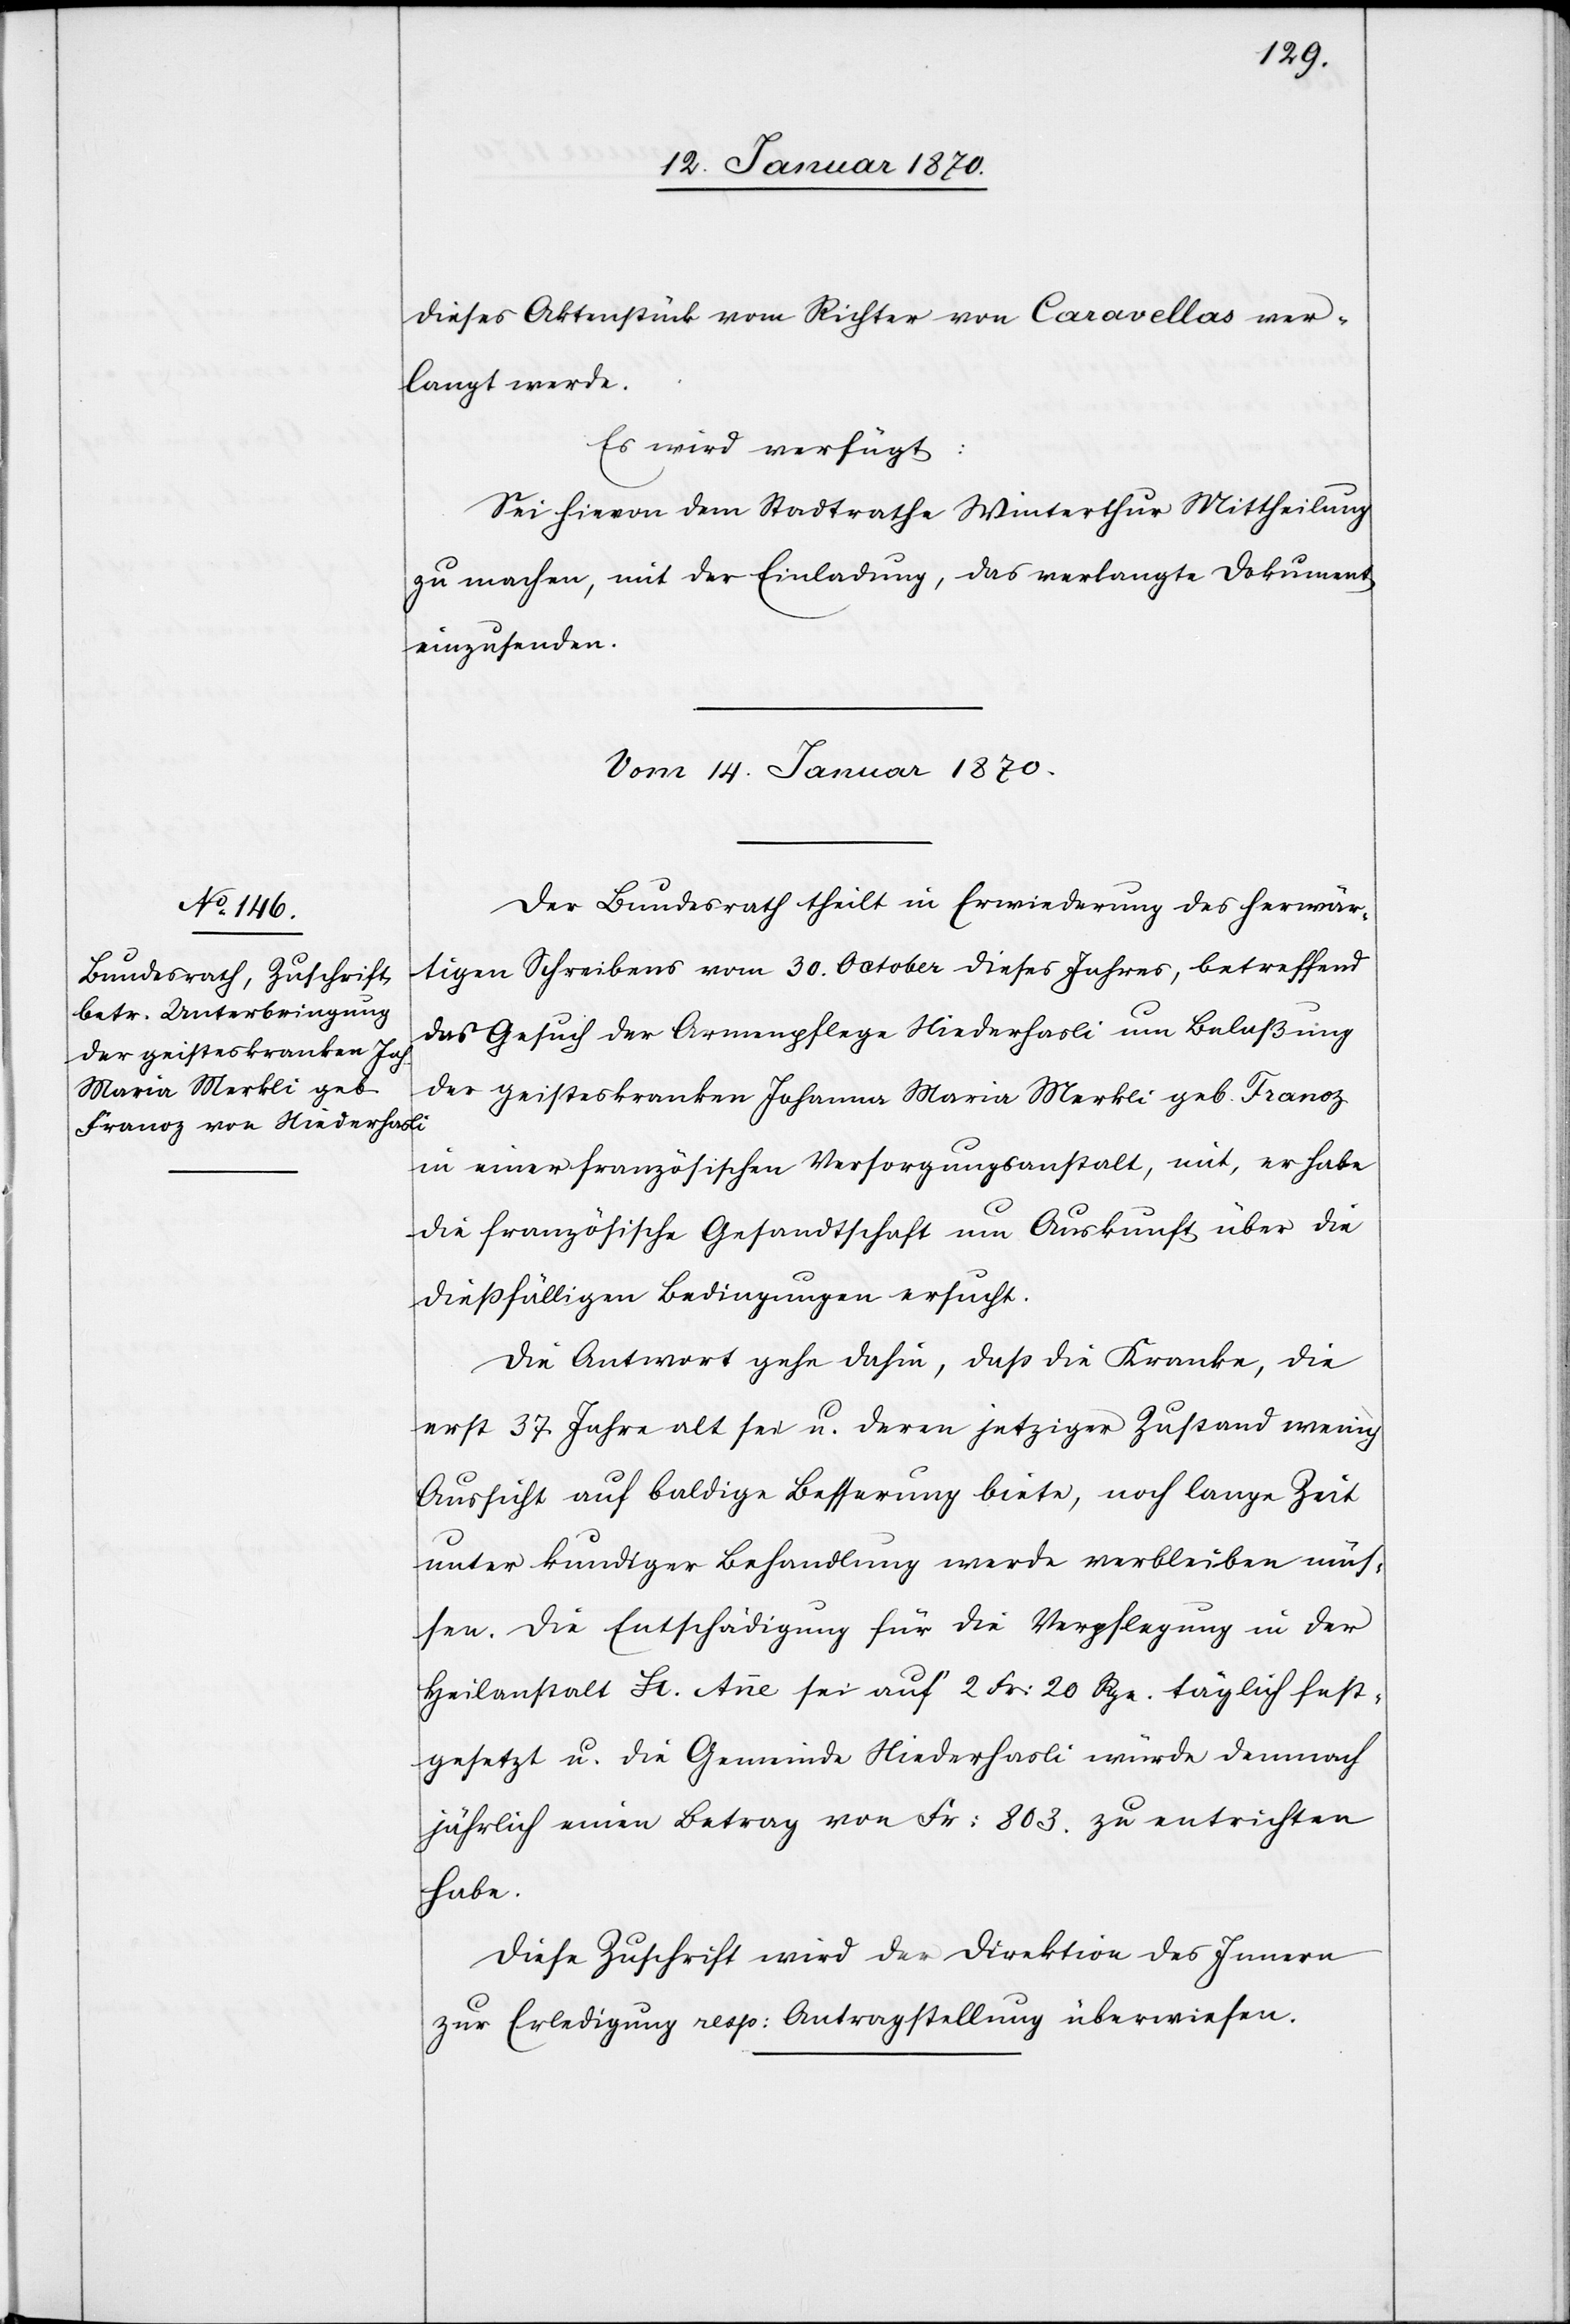
dieses Aktenstück vom Richter von Caravellas ver¬
langt werde.
Es wird verfügt:
Sei hievon dem Stadtrathe Winterthur Mittheilung
zu machen, mit der Einladung, das verlangte Dokument
einzusenden.
Vom 14. Januar 1870.
Der Bundesrath theilt in Erwiederung des herwär¬
tigen Schreibens vom 30. October dieses Jahres, betreffend
das Gesuch der Armenpflege Niederhasli um Belaßung
der geisteskranken Johanna Maria Merkli geb. Franoz
in einer französischen Versorgungsanstalt, mit, er habe
die französische Gesandtschaft um Auskunft über die
dießfälligen Bedingungen ersucht.
Die Antwort gehe dahin, daß die Kranke, die
erst 37 Jahre alt sei u. deren jetziger Zustand wenig
Aussicht auf baldige Besserung biete, noch lange Zeit
unter kundiger Behandlung werde verbleiben müs¬
sen. Die Entschädigung für die Verpflegung in der
Heilanstalt St. Anne sei auf 2 Fr: 20 Rpn. täglich fest¬
gesetzt u. die Gemeinde Niederhasli würde demnach
jährlich einen Betrag von Fr: 803. zu entrichten
Diese Zuschrift wird der Direktion des Innern
zu Erledigung resp: Antragstellung überwiesen.